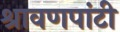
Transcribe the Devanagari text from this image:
श्रावणपांटी